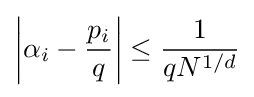
\left|\alpha _{i}-{\frac {p_{i}}{q}}\right|\leq {\frac {1}{qN^{1/d}}}